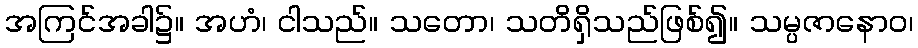
အကြင်အခါ၌။ အဟံ၊ ငါသည်။ သတော၊ သတိရှိသည်ဖြစ်၍။ သမ္ပဇာနောဝ၊